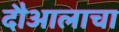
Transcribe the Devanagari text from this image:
दौआलाचा